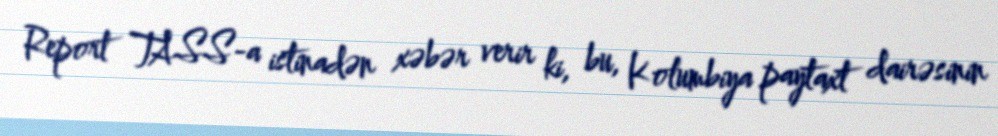
Report TASS-a istinadən xəbər verir ki, bu, Kolumbiya paytaxt dairəsinin